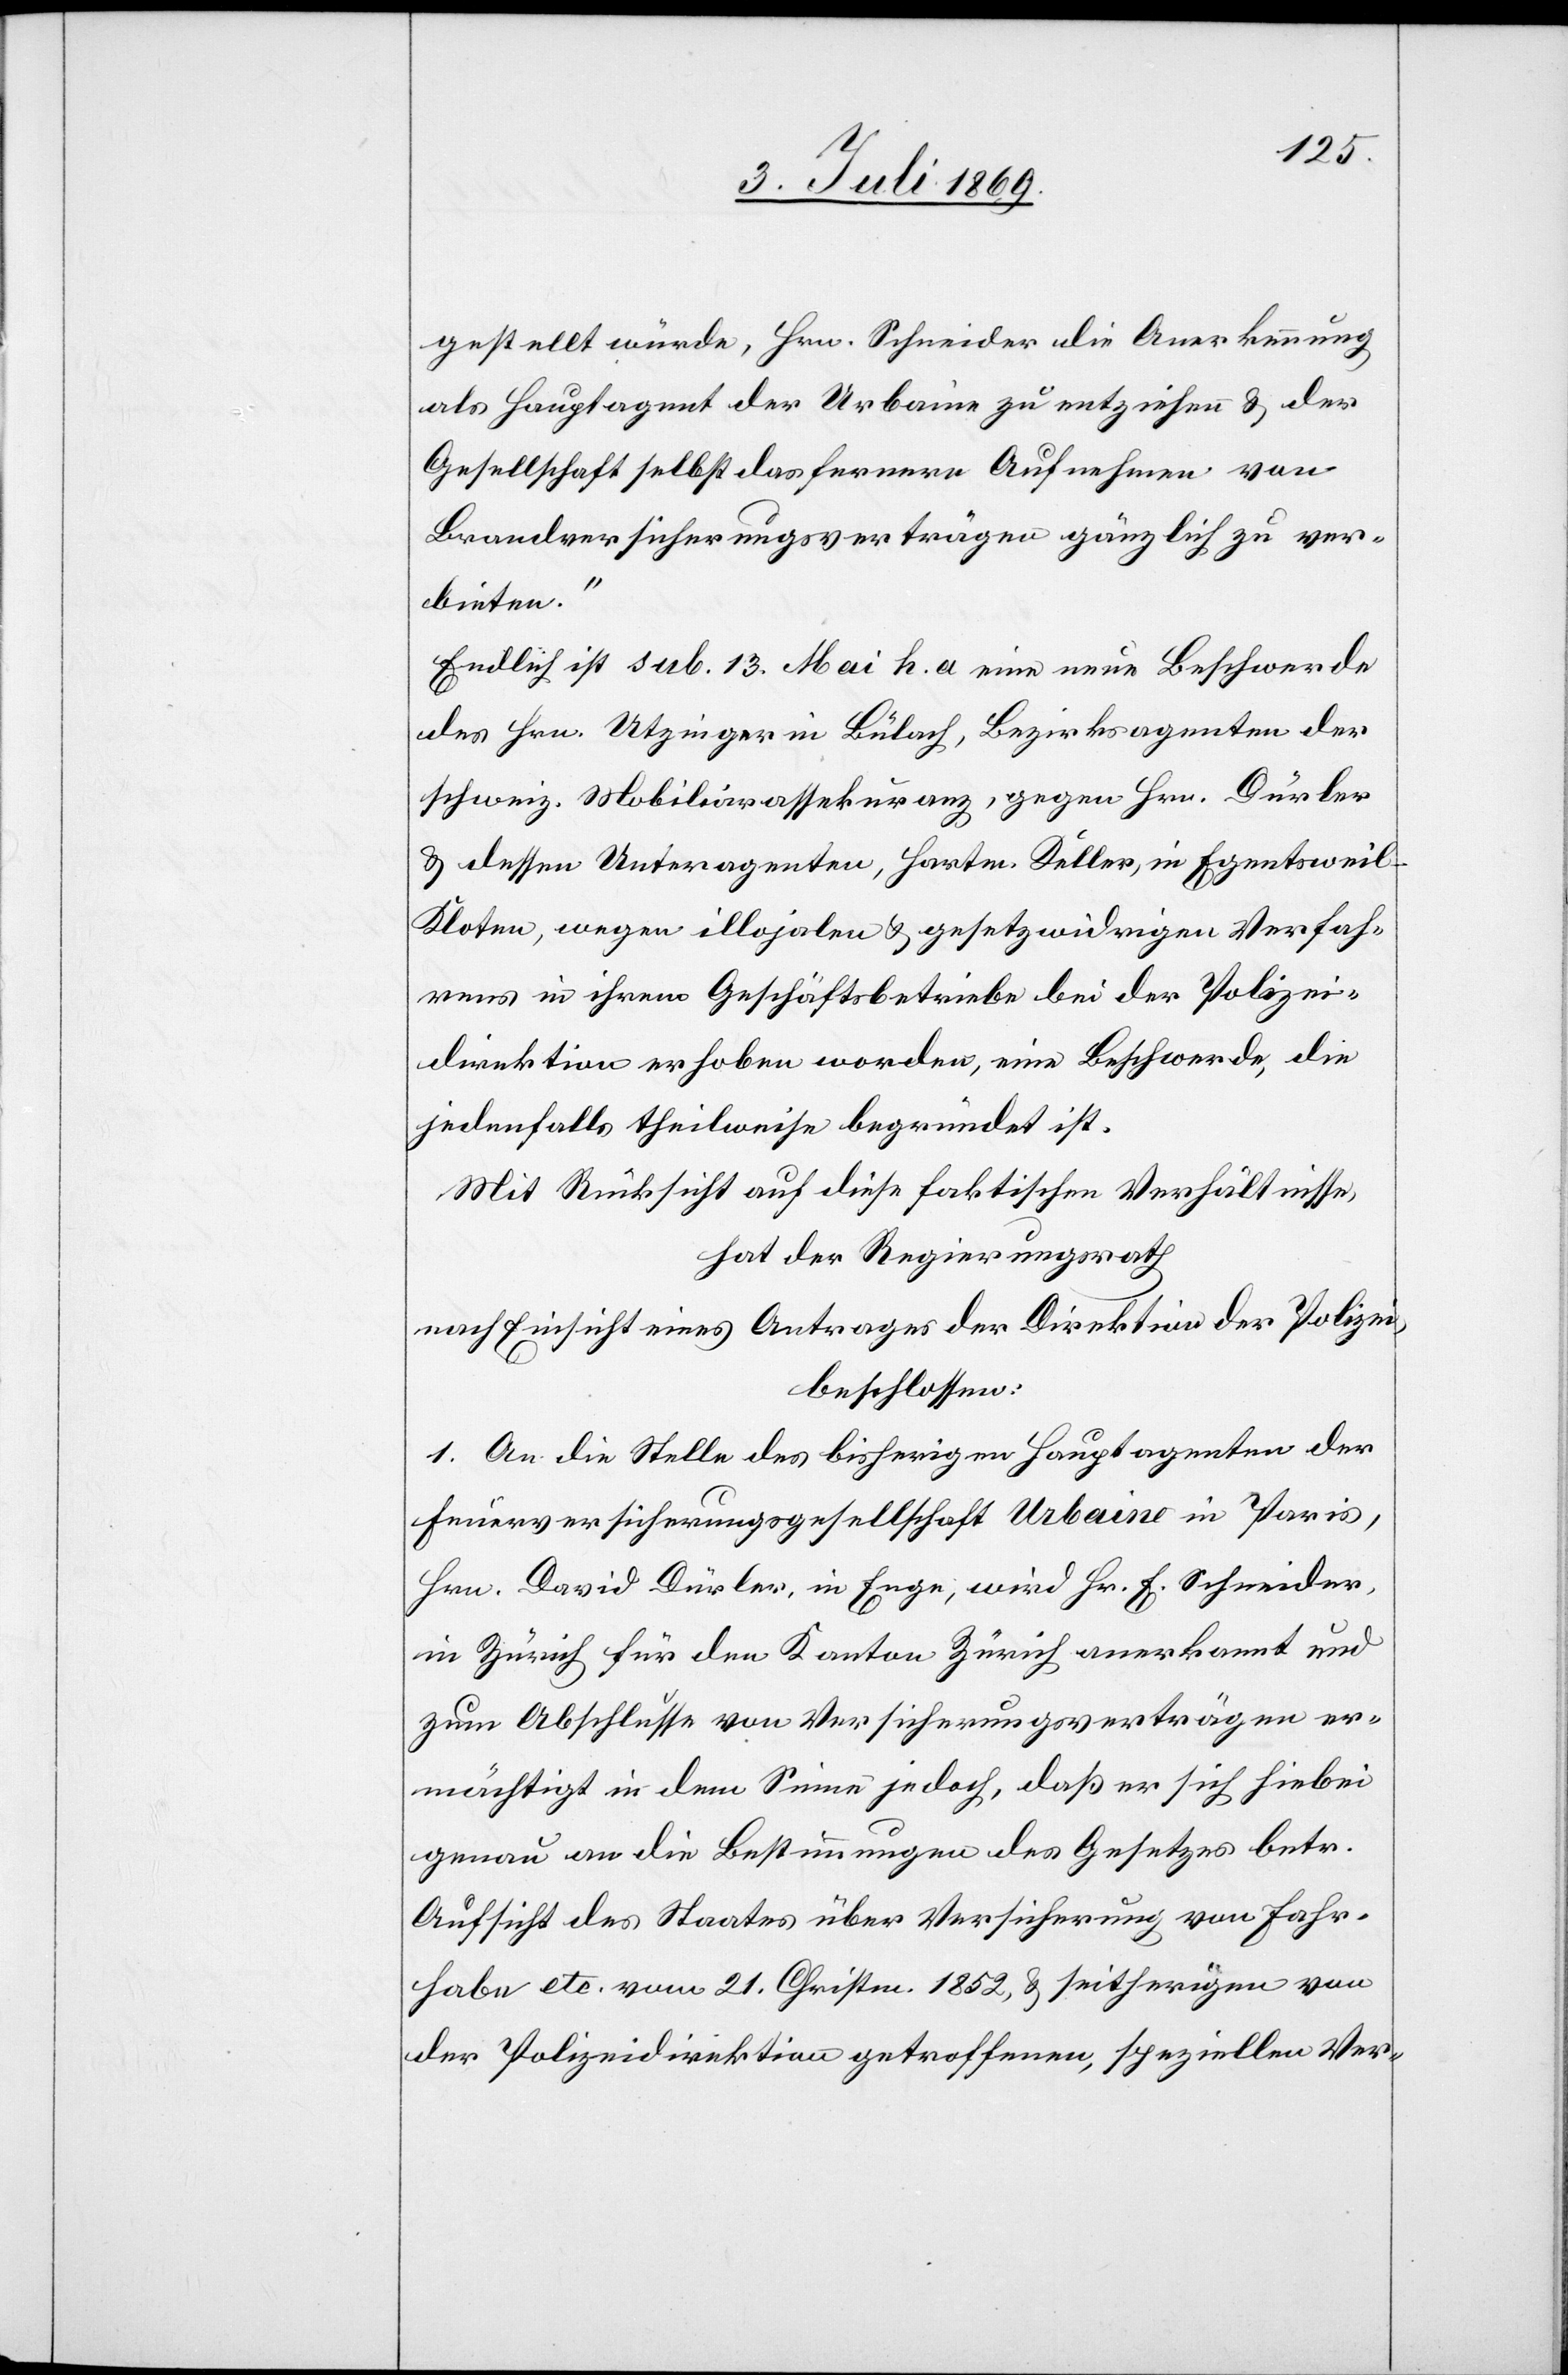
gestellt würde, Hrn. Schneider die Anerkennung
als Hauptagent der Urbaine zu entziehen u. der
Gesellschaft selbst das fernere Aufnehmen von
Brandversicherungsverträgen gänzlich zu ver¬
bieten.“
Endlich ist sub. 13 Mai h. a. eine neue Beschwerde
des Hrn. Utzinger in Bülach, Bezirksagenten der
schweiz. Mobiliarassekuranz, gegen Hrn. Dürler
u. dessen Unteragenten, Hartm. Keller, in Egentsweil-K¬
loten, wegen illojalen u. gesetzwidrigen Verfah¬
rens in ihrem Geschäftsbetriebe bei der Polizei¬
direktion erhoben worden, eine Beschwerde, die
jedenfalls theilweise begründet ist.
Mit Rücksicht auf diese faktischen Verhältnisse,
hat der Regierungsrath
nach Einsicht eines Antrages der Direktion der Polizei,
beschlossen:
1. An die Stelle des bisherigen Hauptagenten der
Feuerversicherungsgesellschaft Urbaine in Paris,
Hrn. David Dürler, in Enge, wird Hr. E. Schneider,
in Zürich für den Kanton Zürich anerkannt und
zum Abschlusse von Versicherungsverträgen er¬
mächtigt in dem Sinne jedoch, daß er sich hiebei
genau an die Bestimmungen des Gesetzes betr.
Aufsicht des Staates über Versicherung von Fahr¬
habe etc. vom 21 Christm. 1852 u. seitherigen von
der Polizeidirektion getroffenen, speziellen Ver-